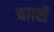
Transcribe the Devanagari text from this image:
चग़री